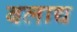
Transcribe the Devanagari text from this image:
बलाद्य